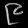
Digit: ၉